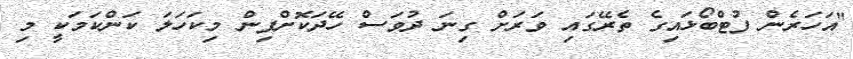
"އަހަރެން ފުޓްބޯޅައިގެ ތެރޭގައި ވަރަށް ގިނަ ދުވަސް ހޭދަކޮށްފިން މިކަހަލަ ކަންކަމަކީ މި